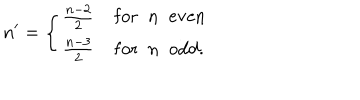
LaTeX: n ^ { \prime } = \left\{ \begin{array} { l } { { \frac { n - 2 } { 2 } \; \mathrm { f o r \; \; n \; \; e v e n } } } \\ { { \frac { n - 3 } { 2 } \; \mathrm { f o r \; \; n \; \; o d d } . } } \\ \end{array} \right.